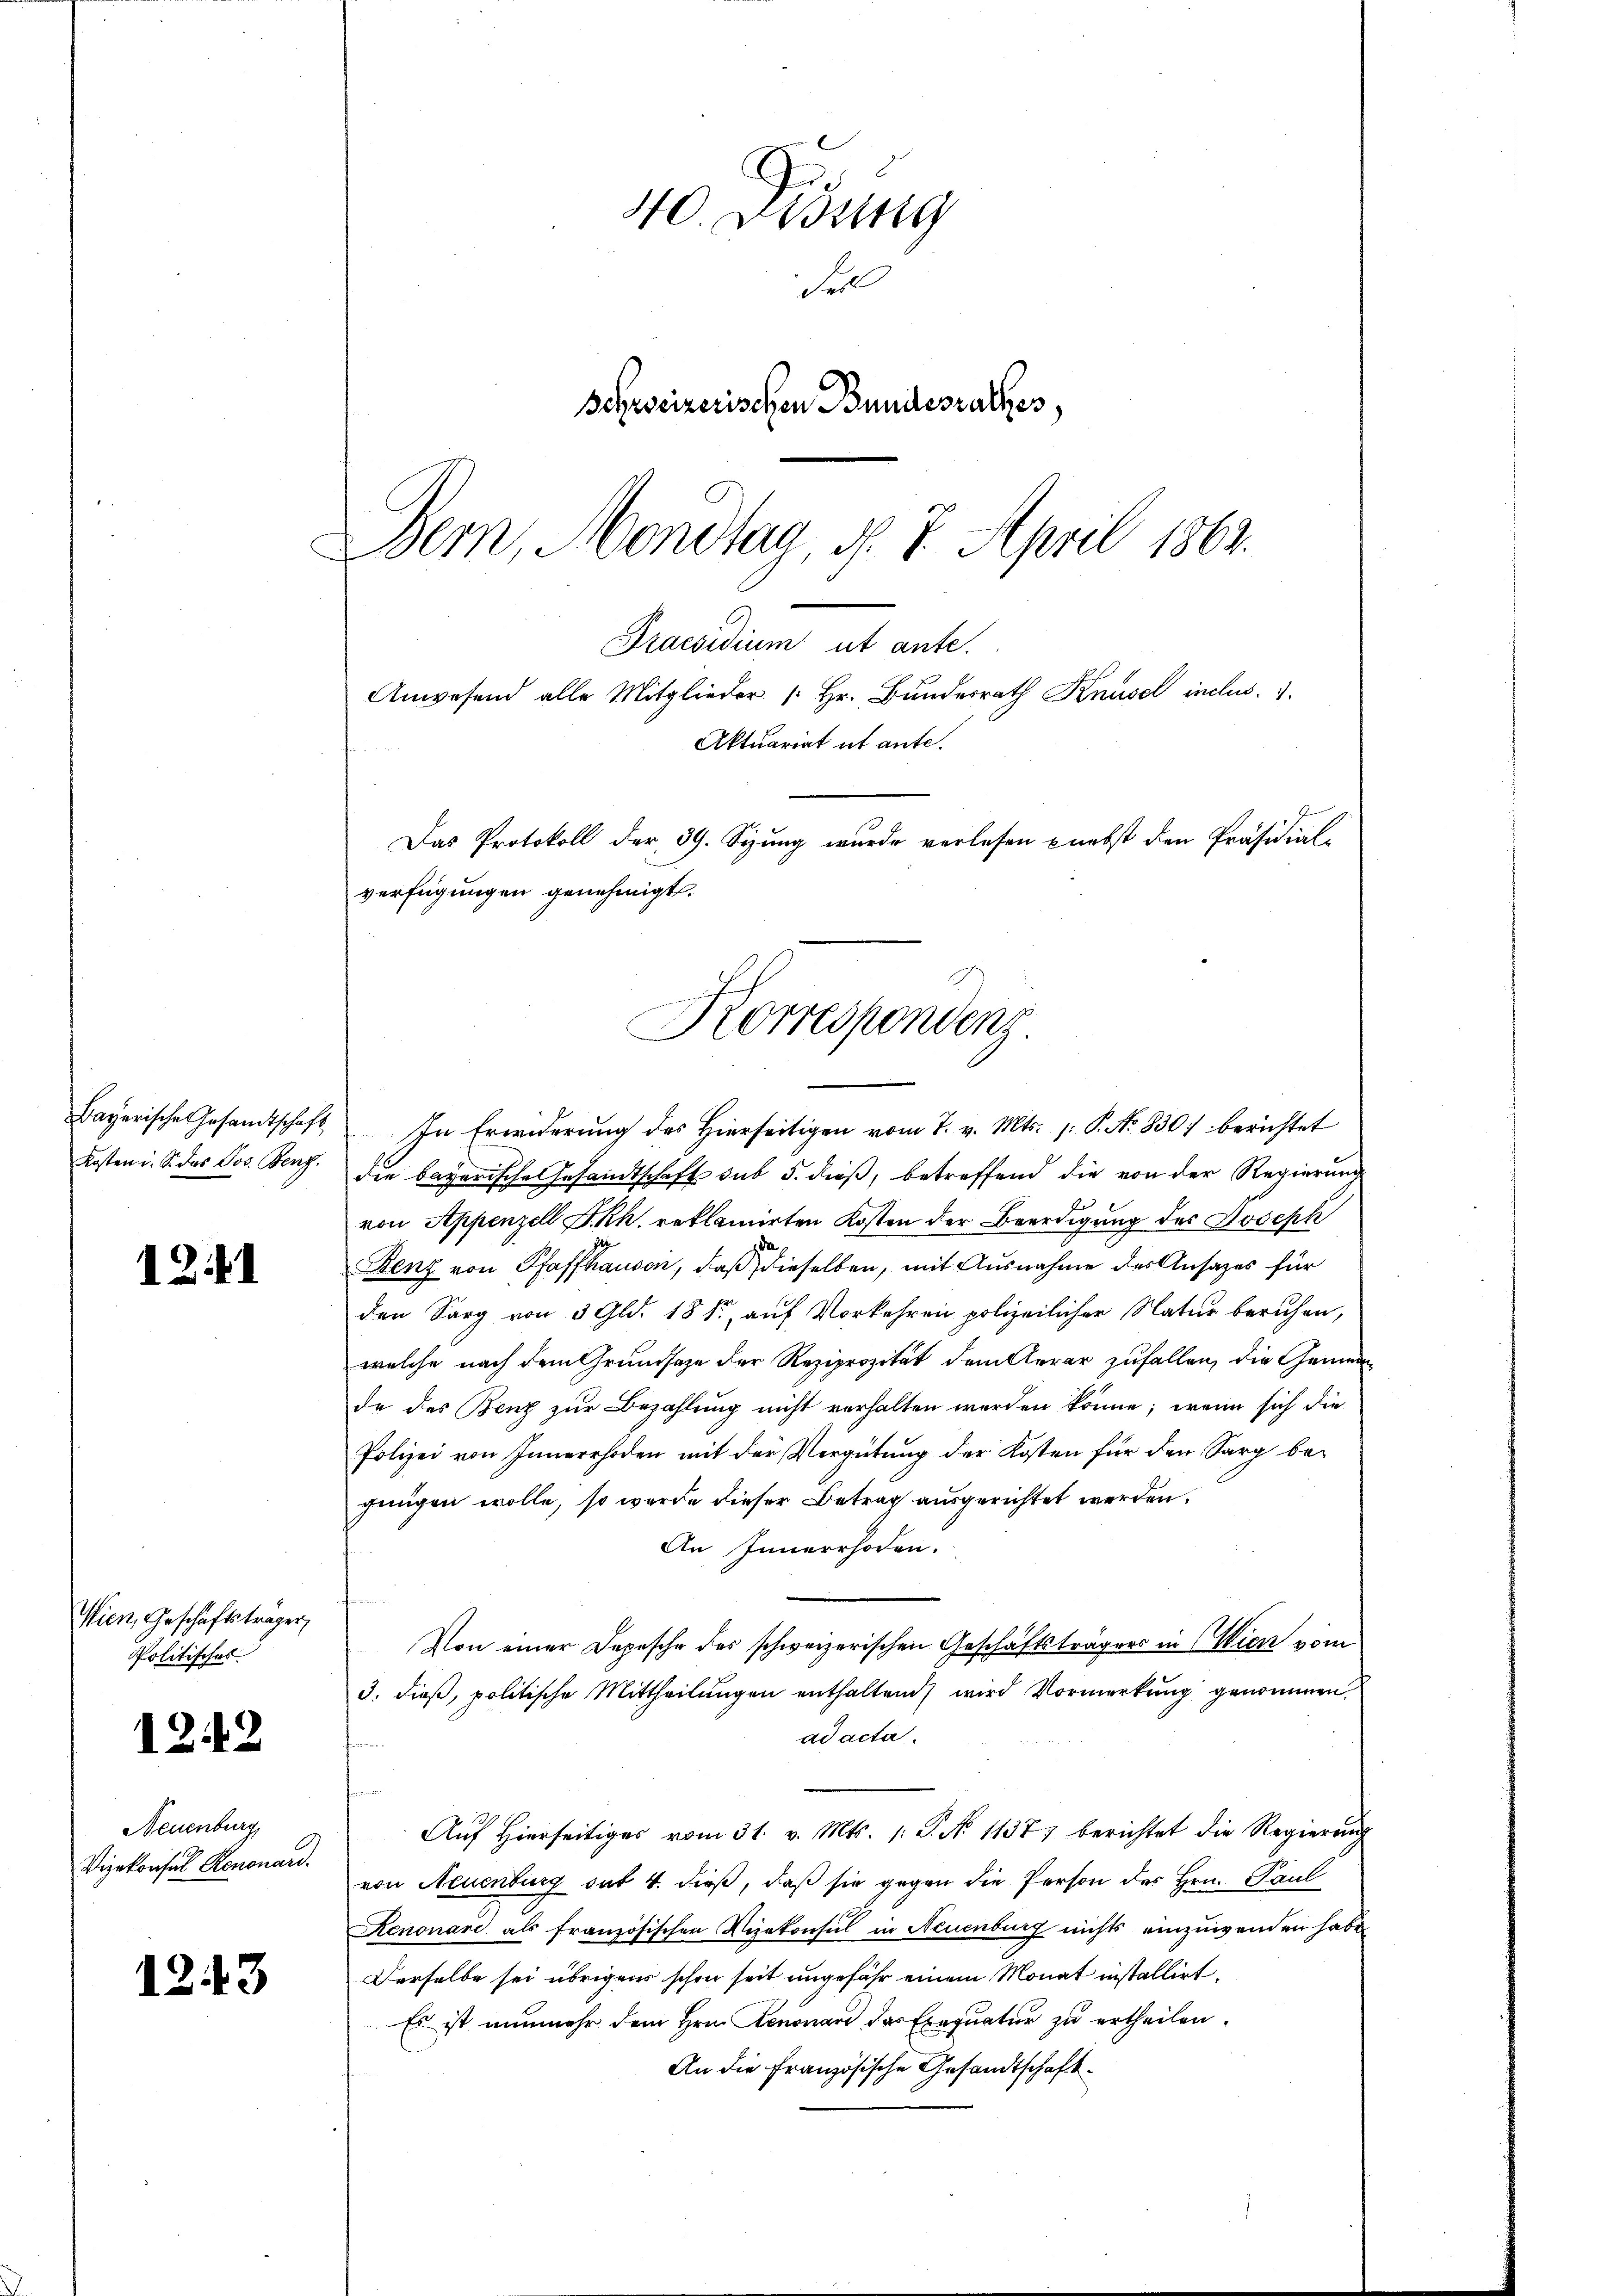
Bayerische Gesandtschaft
Kosten i. S. das Jos. Benz.

12.1

Wien, Geschäftsträger,
Politisches

12.2

Neuenburg
Vizekonsul Renonard.

1243

40. Disung
Foll
Schreizerischen Bundesrathes,
Bern, Mondtua, d. 7. April 1863.

Praesidium ut ante.
Anwesend alle Mitglieder Hr. Bundesrath Knüsel inclus. 1.
Aktuariat et ante.
Das Protokoll der 39. Sizung wurde verlesen nebst den Präsidial-
verfügungen genehmigt.
Korrespondenz

In Erwiderung des hierseitigen vom 7. v. Mts. 1. P. No 830) berichtet
die bayerische Gesandtschaft sub 5. dieß, betreffend die von der Regierung
von Appenzell I.Rh. reklamirten Kosten der Beerdigung des Joseph
Benz von Pfaffhausen, daß dieselben, mit Ausnahme des Ansatzes für
den Sarg von 3 Gld. 18 f., auf Vorkehren polizeilicher Natur beruhen,
welche nach dem Grundsaze der Reziprozität dem Aerar zufallen, die Gemeinde des Benz zur Bezahlung nicht verhalten werden könne; wenn sich die
Polizei von Innerrhoden mit der Vergütŭng der Kosten für den Sarg be-
jungen wolle, so werde dieser Betrag ausgerichtet werden.
An Innerrhoden.
Von einer Depesche des schweizerischen Geschäftsträgers in Wien vom
3. dieß, politische Mittheilungen enthaltend, wird Vormerkung genommen.
ad acta.
e
Aŭf hierseitiges vom 31. v. Mts. 1. P. N. 1137) berichtet die Regierŭng
von Neuenburg sat 4. dieß, daß sie gegen die Person des Hrn. Paul
Renonare als französischen Vizekonsul in Neuenburg nichts einzuwenden habe
Derselbe sei übrigens schon seit ungefähr einem Monat installirt.
Es ist nunmehr dem Hrn. Knonau das Exequatur zu ertheilen.
An die Französische Gesandtschaft